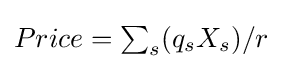
{\textstyle Price=\sum _{s}(q_{s}X_{s})/r}